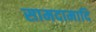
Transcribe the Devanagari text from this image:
सामदामादि